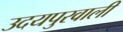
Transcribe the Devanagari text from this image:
उदयपुरवाली